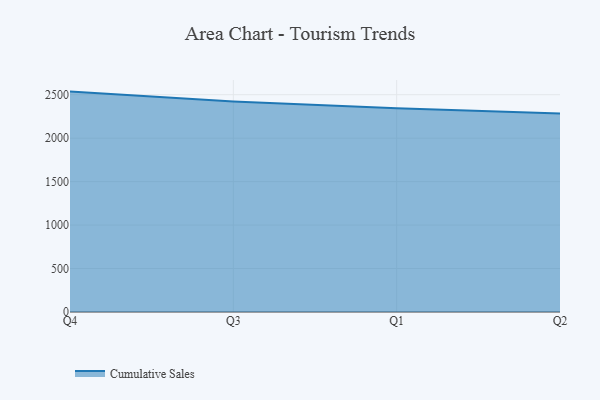
{"axis": {"x": "Quarter", "y": "Production Output"}, "legend": ["Cumulative Sales"], "data": [{"x": "Q4", "y": 2535.7, "type": "Cumulative Sales"}, {"x": "Q3", "y": 2422.1, "type": "Cumulative Sales"}, {"x": "Q1", "y": 2343.2, "type": "Cumulative Sales"}, {"x": "Q2", "y": 2283.1, "type": "Cumulative Sales"}]}